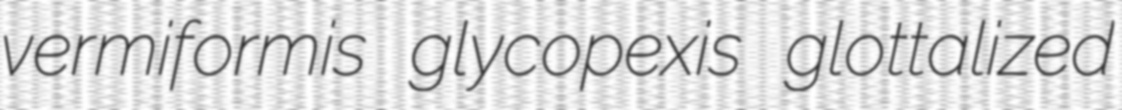
vermiformis glycopexis glottalized